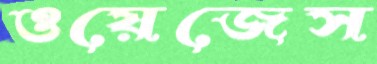
ওয়েজেস